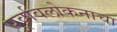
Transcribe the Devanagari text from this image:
पूर्वावलोकनाचा